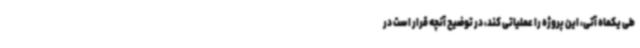
طی یکماه آتی، این پروژه را عملیاتی کند، در توضیح آنچه قرار است در